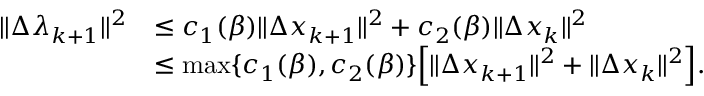
\begin{array} { r l } { \| \Delta \lambda _ { k + 1 } \| ^ { 2 } } & { \leq c _ { 1 } ( \beta ) \| \Delta x _ { k + 1 } \| ^ { 2 } + c _ { 2 } ( \beta ) \| \Delta x _ { k } \| ^ { 2 } } \\ & { \leq \operatorname* { m a x } \{ c _ { 1 } ( \beta ) , c _ { 2 } ( \beta ) \} \Big [ \| \Delta x _ { k + 1 } \| ^ { 2 } + \| \Delta x _ { k } \| ^ { 2 } \Big ] . } \end{array}